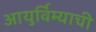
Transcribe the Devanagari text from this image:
आयुर्विम्याची